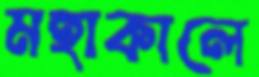
মহাকালে